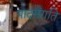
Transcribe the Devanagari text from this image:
पादसंगति